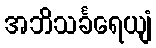
အဘိသင်္ခရေယျံ